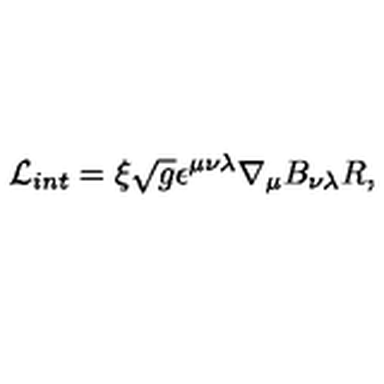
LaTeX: \mathcal { L } _ { i n t } = \xi \sqrt { g } \epsilon ^ { \mu \nu \lambda } \nabla _ { \mu } B _ { \nu \lambda } R ,